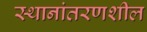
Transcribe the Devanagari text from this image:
स्थानांतरणशील